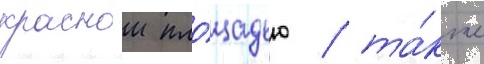
краснои пло́щадью / та́кже